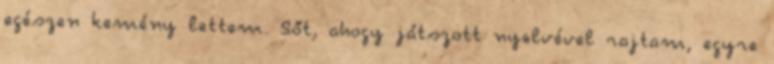
egészen kemény lettem. Sőt, ahogy játszott nyelvével rajtam, egyre